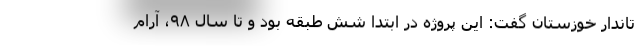
تاندار خوزستان گفت: این پروژه در ابتدا شش طبقه بود و تا سال ۹۸، آرام